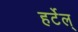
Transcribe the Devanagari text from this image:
हर्टेल्